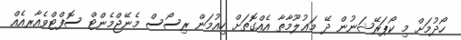
ހޯދުމަށް މި ކޯޕަރޭޝަނުން ދޭ މަޢުލޫމާތާ އެއްގޮތަށް ހިއުމަން ރިސޯސް މެނޭޖްމެންޓް ސޮފްޓްވެއާރއެއް